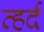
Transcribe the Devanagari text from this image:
व्हर्द